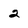
Character: 2